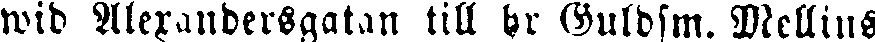
wid Alexandersgatan till hr Guldsm. Mellins